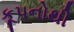
કૂપનોથી